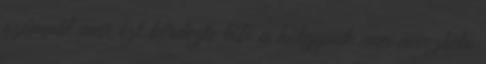
számnál már ezt kérdezte tőle a hölgynek nem nevezhető